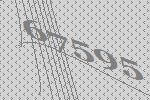
67595